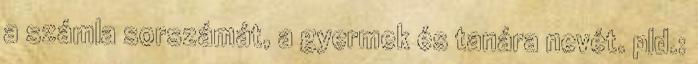
a számla sorszámát, a gyermek és tanára nevét. pld.: